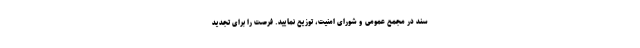
سند در مجمع عمومی و شورای امنیت، توزیع نمایید. فرصت را برای تجدید